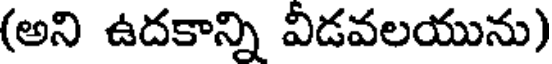
(అని ఉదకాన్ని వీడవలయును)